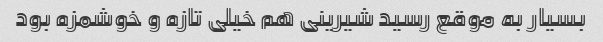
بسیار به موقع رسید شیرینی هم خیلی تازه و خوشمزه بود